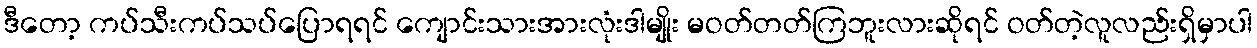
ဒီတော့ ကပ်သီးကပ်သပ်ပြောရရင် ကျောင်းသားအားလုံးဒါမျိုး မဝတ်တတ်ကြဘူးလားဆိုရင် ဝတ်တဲ့လူလည်းရှိမှာပါ